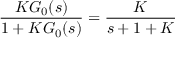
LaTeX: { \frac { K G _ { 0 } ( s ) } { 1 + K G _ { 0 } ( s ) } } = { \frac { K } { s + 1 + K } }